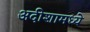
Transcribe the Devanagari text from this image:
अदीशामध्ये